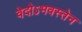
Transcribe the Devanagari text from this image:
वेदोऽभवस्तेन